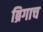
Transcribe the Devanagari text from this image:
ब्रिगाच